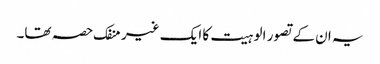
یہ ان کے تصور الوہیت کا ایک غیر منفک حصہ تھا۔